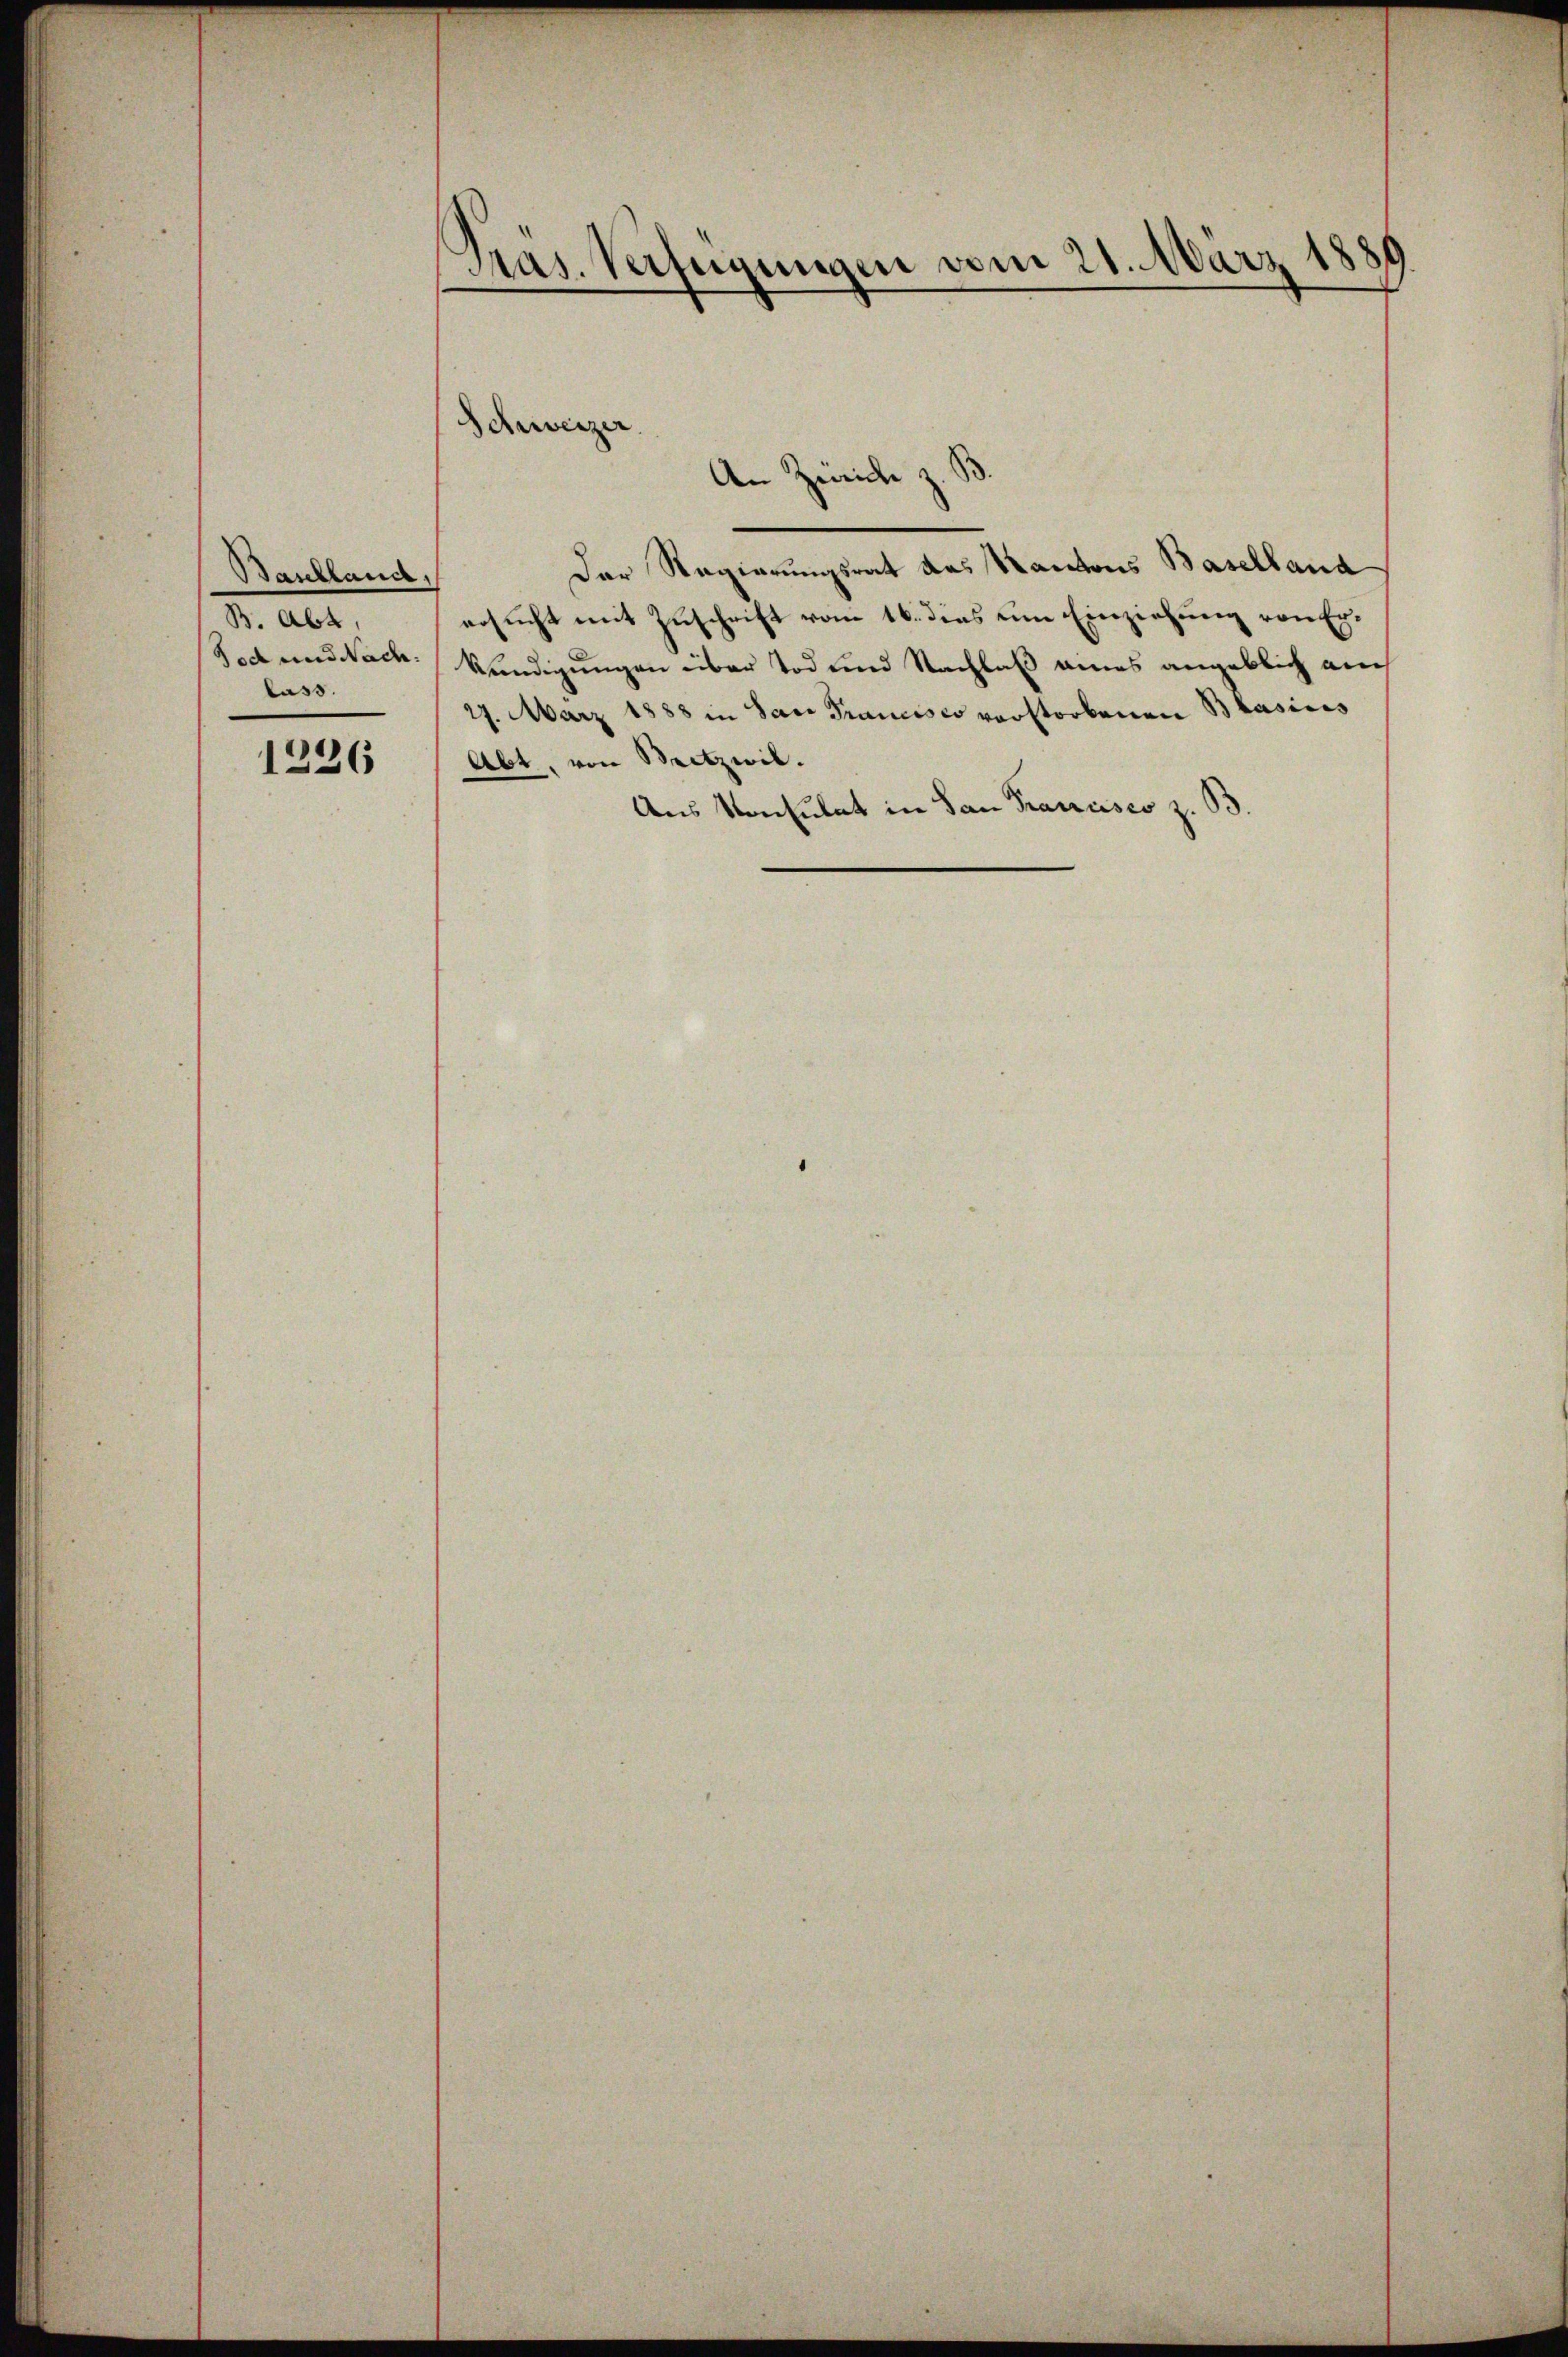
Baschland,
M. Abt
lass.

1236

Präs. Verfügungen vom 21. März 1881

Schweizer.
An Zürich z. B.

Der Regierungsrat das Kantons Baselland
ersucht mit Zuschrift vom 16. dies um Einziehung von Er¬
Seden Nach Kündigungen über Tod und Nachlaß eines angeblich auch
27. März 1888 in San Francisco vorstorbenen Blasinis
Abt, von Sitzwil.
Aus Konsulat in San Francisco z. B.